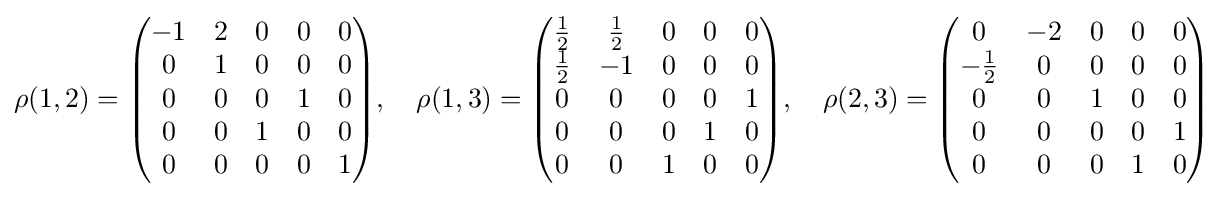
\rho (1,2)={\begin{pmatrix}-1&2&0&0&0\\0&1&0&0&0\\0&0&0&1&0\\0&0&1&0&0\\0&0&0&0&1\end{pmatrix}},\quad \rho (1,3)={\begin{pmatrix}{\frac {1}{2}}&{\frac {1}{2}}&0&0&0\\{\frac {1}{2}}&-1&0&0&0\\0&0&0&0&1\\0&0&0&1&0\\0&0&1&0&0\end{pmatrix}},\quad \rho (2,3)={\begin{pmatrix}0&-2&0&0&0\\-{\frac {1}{2}}&0&0&0&0\\0&0&1&0&0\\0&0&0&0&1\\0&0&0&1&0\end{pmatrix}}